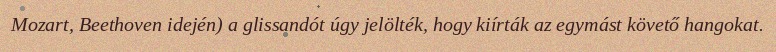
Mozart, Beethoven idején) a glissandót úgy jelölték, hogy kiírták az egymást követő hangokat.